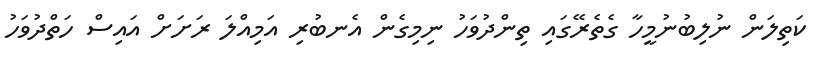
ކަތިލަން ނުލިބުނުމީހާ ގެތެރޭގައި ތިންދުވަހު ނިމިގެން އެނބުރި އަމިއްލަ ރަށަށް އައިސް ހަތްދުވަހު